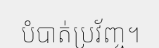
បំបាត់ប្រវ័ញ្ច។